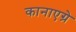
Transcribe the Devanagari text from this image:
कानाएग्रे